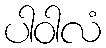
ပါဝါလံ